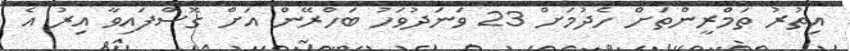
އިތުރު ތަމްރީންތަށް ހެދުމަށް 23 ވަނަދުވަހު ބަހްރޭން އަށް ގޮސްފައިވާ އިރު އެ